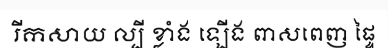
រីកសាយ ល្បី ខ្លាំង ឡើង ពាសពេញ ផ្ទៃ